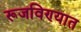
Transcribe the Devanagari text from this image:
रूजविण्यात